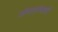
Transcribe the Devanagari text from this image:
जोपासण्याची